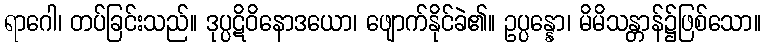
ရာဂေါ၊ တပ်ခြင်းသည်။ ဒုပ္ပဋိဝိနောဒယော၊ ဖျောက်နိုင်ခဲ၏။ ဥပ္ပန္နော၊ မိမိသန္တာန်၌ဖြစ်သော။